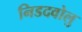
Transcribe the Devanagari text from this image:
निडदवोलु